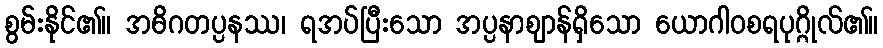
စွမ်းနိုင်၏။ အဓိဂတပ္ပနဿ၊ ရအပ်ပြီးသော အပ္ပနာဈာန်ရှိသော ယောဂါဝစရပုဂ္ဂိုလ်၏။